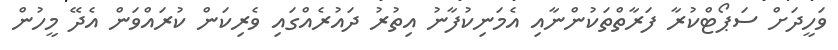
ވަހީދަށް ސަޕޯޓްކުރާ ފަރާތްތަކުންނާއި އެމަނިކުފާނު އިތުރު ދައުރެއްގައި ވެރިކަން ކުރައްވަން އެދޭ މީހުން